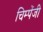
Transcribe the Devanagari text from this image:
चिम्पेंजी